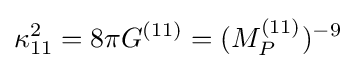
\kappa _{11}^{2}=8\pi G^{(11)}=(M_{P}^{(11)})^{-9}